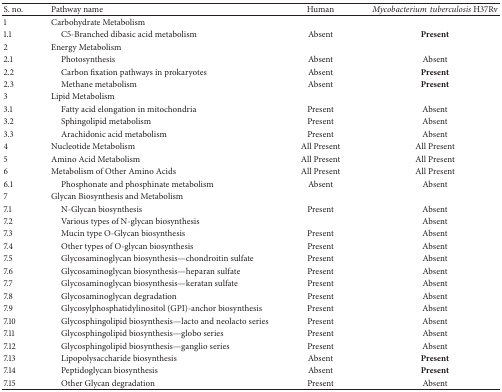
| S. no. | Pathway name | Human | Mycobacteriumtuberculosis H37Rv |
 | --- | --- | --- | --- |
 | 1 | Carbohydrate Metabolism |  |  |
 | 1.1 | C5-Branched dibasic acid metabolism | Absent | Present |
 | 2 | Energy Metabolism |  |  |
 | 2.1 | Photosynthesis | Absent | Absent |
 | 2.2 | Carbon fixation pathways in prokaryotes | Absent | Present |
 | 2.3 | Methane metabolism | Absent | Present |
 | 3 | Lipid Metabolism |  |  |
 | 3.1 | Fatty acid elongation in mitochondria | Present | Absent |
 | 3.2 | Sphingolipid metabolism | Present | Absent |
 | 3.3 | Arachidonic acid metabolism | Present | Absent |
 | 4 | Nucleotide Metabolism | All Present | All Present |
 | 5 | Amino Acid Metabolism | All Present | All Present |
 | 6 | Metabolism of Other Amino Acids | All Present | All Present |
 | 6.1 | Phosphonate and phosphinate metabolism | Absent | Absent |
 | 7 | Glycan Biosynthesis and Metabolism |  |  |
 | 7.1 | N-Glycan biosynthesis | Present | Absent |
 | 7.2 | Various types of N-glycan biosynthesis |  | Absent |
 | 7.3 | Mucin type O-Glycan biosynthesis | Present | Absent |
 | 7.4 | Other types of O-glycan biosynthesis | Present | Absent |
 | 7.5 | Glycosaminoglycan biosynthesis—chondroitin sulfate | Present | Absent |
 | 7.6 | Glycosaminoglycan biosynthesis—heparan sulfate | Present | Absent |
 | 7.7 | Glycosaminoglycan biosynthesis—keratan sulfate | Present | Absent |
 | 7.8 | Glycosaminoglycan degradation | Present | Absent |
 | 7.9 | Glycosylphosphatidylinositol (GPI)-anchor biosynthesis | Present | Absent |
 | 7.10 | Glycosphingolipid biosynthesis—lacto and neolacto series | Present | Absent |
 | 7.11 | Glycosphingolipid biosynthesis—globo series | Present | Absent |
 | 7.12 | Glycosphingolipid biosynthesis—ganglio series | Present | Absent |
 | 7.13 | Lipopolysaccharide biosynthesis | Absent | Present |
 | 7.14 | Peptidoglycan biosynthesis | Absent | Present |
 | 7.15 | Other Glycan degradation | Present | Absent |